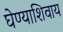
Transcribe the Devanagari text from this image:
घेण्याशिवाय